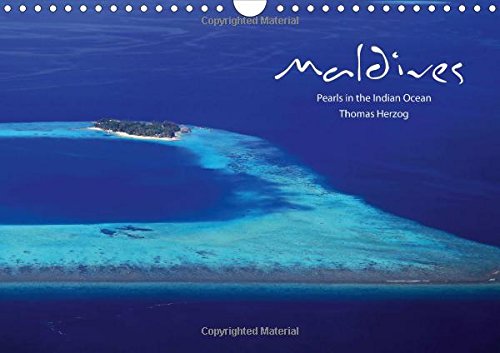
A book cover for Maldives: Pearls in the Indian Ocean (Calvendo Places); Thomas Herzog; Travel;